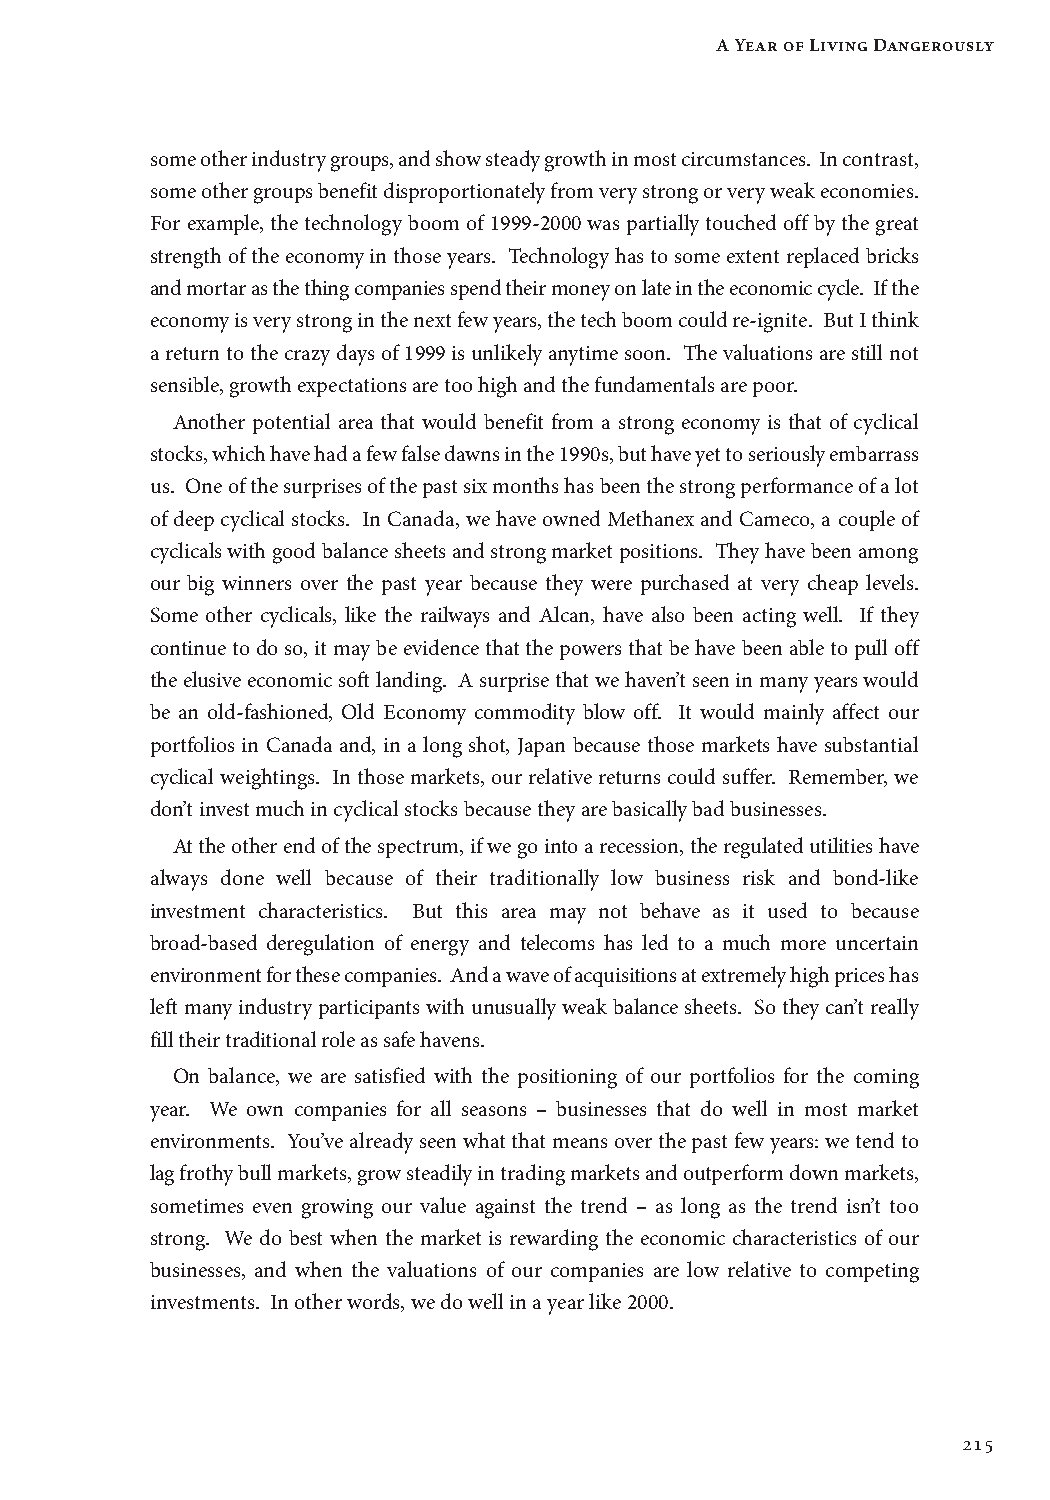
A Year of Living Dangerously
 some other industry groups, and show steady growth in most circumstances. In contrast,
 some other groups benefit disproportionately from very strong or very weak economies.
 For example, the technology boom of 1999-2000 was partially touched off by the great
 strength of the economy in those years. Technology has to some extent replaced bricks
 and mortar as the thing companies spend their money on late in the economic cycle. If the
 economy is very strong in the next few years, the tech boom could re-ignite. But I think
 a return to the crazy days of 1999 is unlikely anytime soon. The valuations are still not
 sensible, growth expectations are too high and the fundamentals are poor.
 Another potential area that would benefit from a strong economy is that of cyclical
 stocks, which have had a few false dawns in the 1990s, but have yet to seriously embarrass
 us. One of the surprises of the past six months has been the strong performance of a lot
 of deep cyclical stocks. In Canada, we have owned Methanex and Cameco, a couple of
 cyclicals with good balance sheets and strong market positions. They have been among
 our big winners over the past year because they were purchased at very cheap levels.
 Some other cyclicals, like the railways and Alcan, have also been acting well. If they
 continue to do so, it may be evidence that the powers that be have been able to pull off
 the elusive economic soft landing. A surprise that we haven’t seen in many years would
 be an old-fashioned, Old Economy commodity blow off. It would mainly affect our
 portfolios in Canada and, in a long shot, Japan because those markets have substantial
 cyclical weightings. In those markets, our relative returns could suffer. Remember, we
 don’t invest much in cyclical stocks because they are basically bad businesses.
 At the other end of the spectrum, if we go into a recession, the regulated utilities have
 always done well because of their traditionally low business risk and bond-like
 investment characteristics. But this area may not behave as it used to because
 broad-based deregulation of energy and telecoms has led to a much more uncertain
 environment for these companies. And a wave of acquisitions at extremely high prices has
 left many industry participants with unusually weak balance sheets. So they can’t really
 fill their traditional role as safe havens.
 On balance, we are satisfied with the positioning of our portfolios for the coming
 year. We own companies for all seasons – businesses that do well in most market
 environments. You’ve already seen what that means over the past few years: we tend to
 lag frothy bull markets, grow steadily in trading markets and outperform down markets,
 sometimes even growing our value against the trend – as long as the trend isn’t too
 strong. We do best when the market is rewarding the economic characteristics of our
 businesses, and when the valuations of our companies are low relative to competing
 investments. In other words, we do well in a year like 2000.
 215